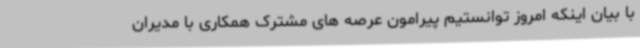
با بیان اینکه امروز توانستیم پیرامون عرصه های مشترک همکاری با مدیران